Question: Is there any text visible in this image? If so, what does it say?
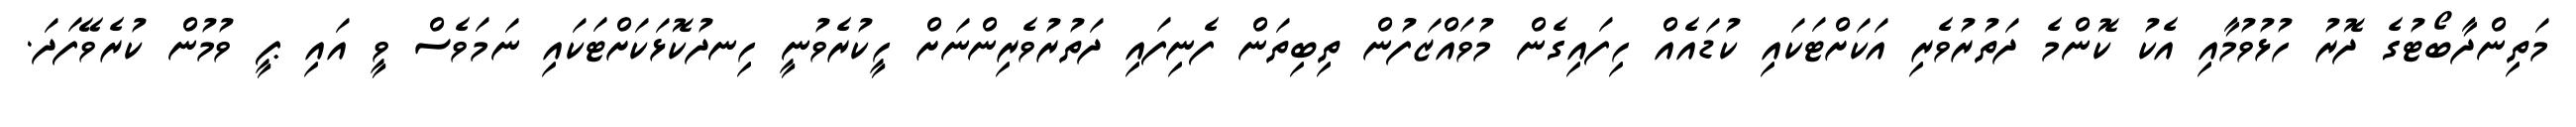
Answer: މަތިންދާބޯޓުގެ ދޮރު ހުޅުވުމާއި އެކު ކޮންމެ ދަތުރުވެރި އަކަށްޓަކައި ކުޑައެއް ހިފައިގެން މުވައްޒަފުން ތިބިތަން ފެނިފައި ދަތުރުވެރިންނަށް ހީކުރެވުނީ ހިނދުކޮޅަކަށްޓަކައި ނަމަވެސް ވީ އައި ޕީ ވުމުން ކުރެވޭފަދަ.